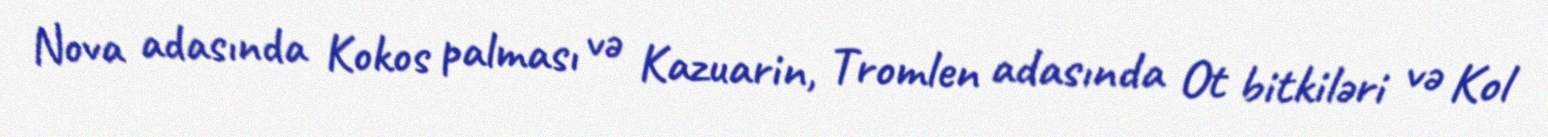
Nova adasında Kokos palması və Kazuarin, Tromlen adasında Ot bitkiləri və Kol